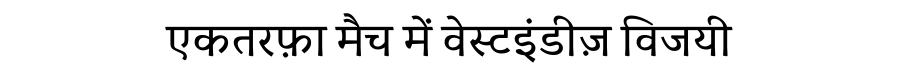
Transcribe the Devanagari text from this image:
एकतरफ़ा मैच में वेस्टइंडीज़ विजयी